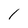
Character: I